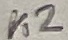
Text: K2